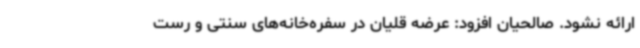
ارائه نشود. صالحیان افزود: عرضه قلیان در سفره‌خانه‌های سنتی و رست